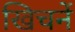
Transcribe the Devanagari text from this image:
खिचनें